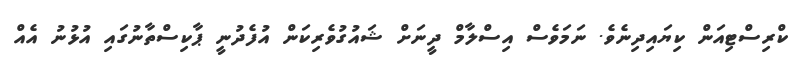
ކްރިސްޓިއަން ކިޔައިދިނެވެ. ނަމަވެސް އިސްލާމް ދީނަށް ޝައުގުވެރިކަން އުފެދުނީ ޕާކިސްތާނުގައި އުޅުނު އެއް